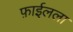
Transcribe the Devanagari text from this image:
फ़ाईलला